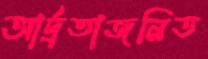
আর্দ্রতাজনিত